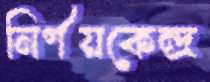
নির্ণয়কেন্দ্র